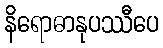
နိရောဓာနုပဿီပေ